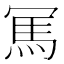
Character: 𠖖